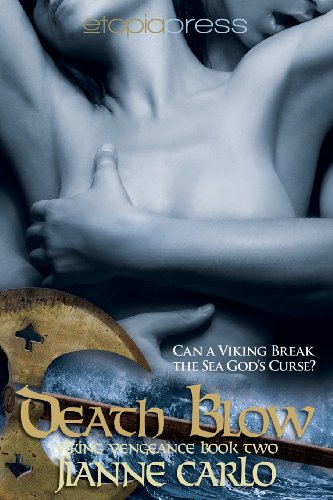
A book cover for Death Blow; Jianne Carlo; Romance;